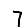
Digit: 7